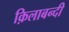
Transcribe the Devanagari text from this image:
क़िलाबन्दी